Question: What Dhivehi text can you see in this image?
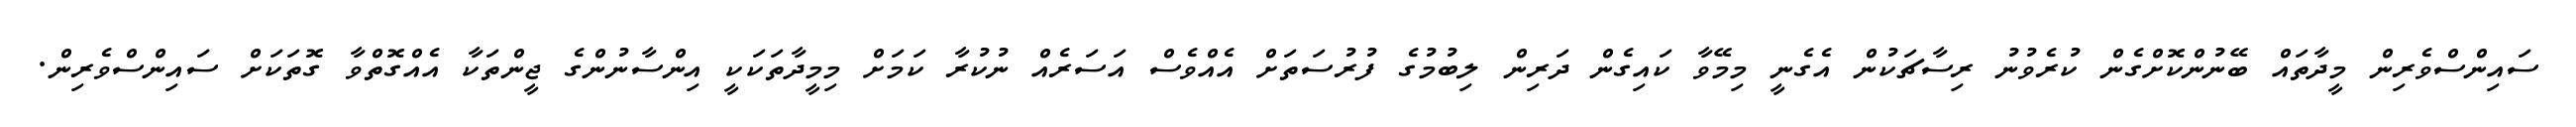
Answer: ސައިންސްވެރިން މީދާތައް ބޭނުންކޮށްގެން ކުރެވުނު ރިސާޗަކުން އެގެނީ މިމޭވާ ކައިގެން ދަރިން ލިބުމުގެ ފުރުސަތަށް އެއްވެސް އަސަރެއް ނުކުރާ ކަމަށް މިމީދާތަކަކީ އިންސާނުންގެ ޖީންތަކާ އެއްގޮތްވާ ގޮތަކަށް ސައިންސްވެރިން.